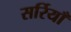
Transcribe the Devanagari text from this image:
सर्रियाँ